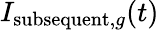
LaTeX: I_{\mathrm{subsequent},g}(t)